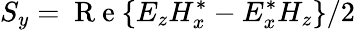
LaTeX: S_{y}=\mathrm{~R~e~}\{ E_{z}H_{x}^{*}-E_{x}^{*}H_{z}\} /2